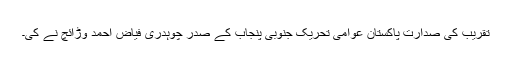
تقریب کی صدارت پاکستان عوامی تحریک جنوبی پنجاب کے صدر چوہدری فیاض احمد وڑائچ نے کی۔